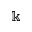
\Bbbk